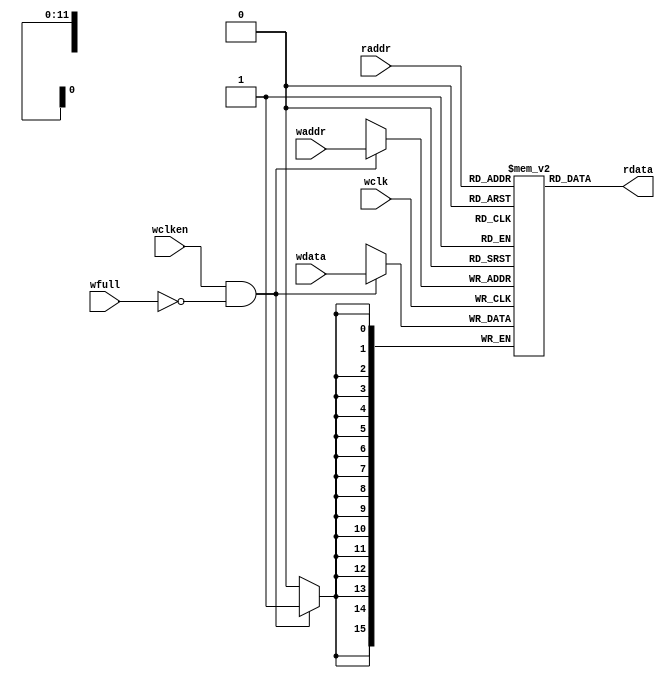
module fifomem #(parameter DATA_SIZE = 16, // Memory data word width
		 parameter ADDR_SIZE = 12) // Number of mem address bits
 (output [DATA_SIZE-1:0] rdata,
  input [DATA_SIZE-1:0] wdata,
  input [ADDR_SIZE-1:0] waddr, raddr,
  input wclken, wfull, wclk);
`ifdef VENDORRAM
  // Instantiation of a vendor's dual-port RAM
  vendor_ram mem (.dout(rdata), .din(wdata),
		  .waddr(waddr), .raddr(raddr),
		  .wclken(wclken),
		  .wclken_n(wfull), .clk(wclk));
`else
  // RTL memory model
  localparam MEM_DEPTH = (1<<ADDR_SIZE);
  reg [DATA_SIZE-1:0] mem [0:MEM_DEPTH-1];
  assign rdata = mem[raddr];
  always @(posedge wclk)
    if (wclken && !wfull) mem[waddr] <= wdata;
`endif
/*o_buf_dual #(16,12) MEM(
   .Clk                    (!wclk)
  ,.We                     (wclken)
  ,.WrAddr                 (waddr)
  ,.RdAddr                 (raddr)
  ,.D                      (wdata)
  ,.Q                      (rdata)
);*/
endmodule